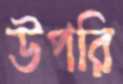
উপরি